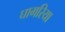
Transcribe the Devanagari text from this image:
घागरिया